Annual returns of the Patna Lunatic Asylum at Bankipore in Bihar and Orissa - 1912-1924
Year: 1912
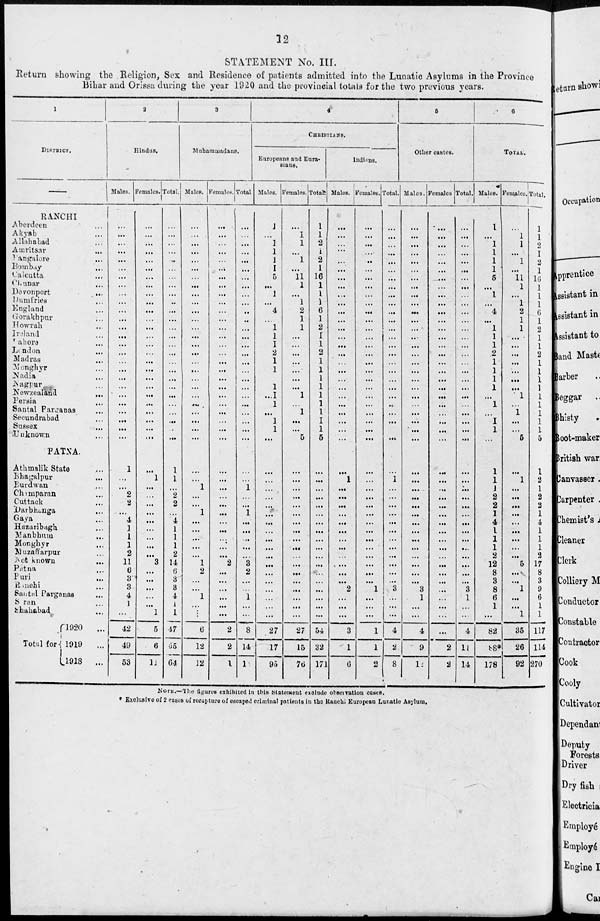
12
STATEMENT No. III.
Return showing the Religion, Sex and Residence of patients admitted into the Lunatic Asylums in the Province
Bihar and Orissa during the year 1920 and the provincial totals for the two previous years.
1
DISTRICT.
RANCHI
Aberdeen ...
Akyab ...
Allahabad ...
Amritsar ...
Bangalore ...
Bombay ...
Calcutta ...
Chunar ...
Devonport
...
Dum fries ...
England ...
Gorakhpur ...
Howrah ...
Ireland ...
Lahore ...
London ...
Madras ...
Monghyr ...
Nadia ...
Nagpur ...
Newzealand ...
Persia ...
Santal Parganas ...
Secundrabad ...
Sussex ...
Unknown ...
PATNA.
Athmalik State ...
Bhagalpur ...
Burdwan ...
Champaran ...
Cuttack ...
Darbhanga ...
Gaya ...
Huzaribagh ...
Manbhum ...
Monghyr ...
Muzaflarpur ...
Not known
...
Patna ...
Puri ...
Ranchi ...
Santal Pavganas ...
Saran ...
Shahabad ...
Total for
1920 ...
1919
...
1918
...
2
Hindus.
Males.
...
...
...
...
...
...
...
...
...
...
...
...
...
...
...
...
...
...
...
...
...
...
...
...
...
...
1
...
...
2
2
...
4
1
1
1
2
11
6
3
3
4
1
...
42
49
53
Females.
...
...
...
...
...
...
...
...
...
...
...
...
...
...
...
...
...
...
...
...
...
...
...
...
...
...
...
1
...
...
...
...
...
...
...
...
...
3
...
...
...
...
...
1
5
6
11
Total.
...
...
...
...
...
...
...
...
...
...
...
...
...
...
...
...
...
...
...
...
...
...
...
...
...
...
1
1
...
2
2
...
4
1
1
1
2
14
6
3
3
4
1
1
47
55
64
3
Muhammadans.
Males.
...
...
...
...
...
...
...
...
...
...
...
...
...
...
...
...
...
...
...
...
...
...
...
...
...
...
...
...
1
...
...
1
...
...
...
...
...
1
2
...
...
1
...
...
6
12
12
Females.
...
...
...
...
...
...
...
...
...
...
...
...
...
...
...
...
...
...
...
...
...
...
...
...
...
...
...
...
...
...
...
...
...
...
...
...
...
2
...
...
...
...
...
...
2
2
1
Total.
...
...
...
...
...
...
...
...
...
...
...
...
...
...
...
...
...
...
...
...
...
...
...
...
...
...
...
1
...
...
1
...
...
...
...
...
3
2
...
...
1
...
...
8
14
1
4
CHRISTIANS.
Europeans and Eura¬
sians.
Males.
1
...
1
1
1
1
5
...
1
...
4
...
1
1
1
2
1
1
...
1
...
1
...
1
1
...
...
...
...
...
...
...
...
...
...
...
...
...
...
...
...
...
...
...
27
17
95
Females.
...
1
1
...
1
...
11
1
...
1
2
1
1
...
...
...
...
...
...
...
1
...
1
...
...
5
...
...
...
...
...
...
...
...
...
...
...
...
...
...
...
...
...
...
27
15
76
Total.
1
1
2
1
2
1
16
1
1
1
6
1
2
1
1
2
1
1
1
1
1
1
1
1
1
5
...
...
...
...
...
...
...
...
...
...
...
...
...
...
...
...
...
...
54
32
171
Indians.
Males.
...
...
...
...
...
...
...
...
...
...
...
...
...
...
...
...
...
...
...
...
...
...
...
...
...
...
...
1
...
...
...
...
...
...
...
...
...
...
...
...
2
...
...
...
3
1
6
Females.
...
...
...
...
...
...
...
...
...
...
...
...
...
...
...
...
...
...
...
...
...
...
...
...
...
...
...
...
...
...
...
...
...
...
...
...
...
...
...
...
1
...
...
...
1
1
2
Total.
...
...
...
...
...
...
...
...
...
...
...
...
...
...
...
...
...
...
...
...
...
...
...
...
...
...
...
1
...
...
...
...
...
...
...
...
...
...
...
...
3
...
...
...
4
2
8
6
Other castes.
Males.
...
...
...
...
...
...
...
...
...
...
...
...
...
...
...
...
...
...
...
...
...
...
...
...
...
...
...
...
...
...
...
...
...
...
...
...
...
...
...
...
3
1
...
...
4
9
1
Females
...
...
...
...
...
...
...
...
...
...
...
...
...
...
...
...
...
...
...
...
...
...
...
...
...
...
...
...
...
...
...
...
...
...
...
...
...
...
...
...
...
...
...
...
...
2
2
Total.
...
...
...
...
...
...
...
...
...
...
...
...
...
...
...
...
...
...
...
...
...
...
...
...
...
...
...
...
...
...
...
...
...
...
...
...
...
...
...
...
3
1
...
...
4
11
14
6
TOTAL.
Males.
1
...
1
1
1
1
5
...
1
...
4
...
1
1
1
2
1
1
1
1
...
1
...
1
1
...
1
1
1
2
2
1
4
1
1
1
2
12
8
3
8
6
1
...
82
88*
178
Females.
...
1
1
...
1
...
11
1
...
1
2
1
1
...
...
...
...
...
...
...
1
...
1
...
...
5
...
1
...
...
...
...
...
...
...
...
...
5
...
...
1
...
...
1
35
26
92
Total.
1
...
2
1
2
1
16
1
1
1
6
1
2
1
1
2
1
1
1
1
1
1
1
1
1
5
1
2
1
2
2
1
4
1
1
1
2
17
8
3
9
6
1
1
117
114
270
NOTE.—The figures exhibited in this Statement exclude observation cases.
* Exclusives of 2 cases of recapture of escaped criminal patients in the Ranchi European Lunatic Asylum.